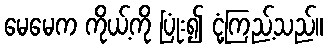
မေမေက ကိုယ့်ကို ပြုံး၍ ငုံ့ကြည့်သည်။